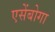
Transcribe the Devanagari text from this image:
एसेंबोगा